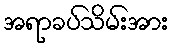
အရာခပ်သိမ်းအား